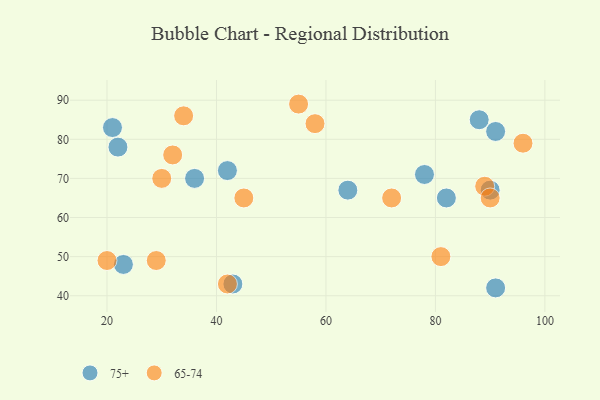
{"axis": {"x": "GDP", "y": "Life Expectancy"}, "legend": ["65-74", "75+"], "data": [{"x": "78", "y": 71, "type": "75+"}, {"x": "64", "y": 67, "type": "75+"}, {"x": "42", "y": 72, "type": "75+"}, {"x": "91", "y": 42, "type": "75+"}, {"x": "82", "y": 65, "type": "75+"}, {"x": "91", "y": 82, "type": "75+"}, {"x": "23", "y": 48, "type": "75+"}, {"x": "90", "y": 67, "type": "75+"}, {"x": "36", "y": 70, "type": "75+"}, {"x": "43", "y": 43, "type": "75+"}, {"x": "88", "y": 85, "type": "75+"}, {"x": "22", "y": 78, "type": "75+"}, {"x": "21", "y": 83, "type": "75+"}, {"x": "55", "y": 89, "type": "65-74"}, {"x": "20", "y": 49, "type": "65-74"}, {"x": "30", "y": 70, "type": "65-74"}, {"x": "96", "y": 79, "type": "65-74"}, {"x": "32", "y": 76, "type": "65-74"}, {"x": "34", "y": 86, "type": "65-74"}, {"x": "42", "y": 43, "type": "65-74"}, {"x": "45", "y": 65, "type": "65-74"}, {"x": "72", "y": 65, "type": "65-74"}, {"x": "29", "y": 49, "type": "65-74"}, {"x": "58", "y": 84, "type": "65-74"}, {"x": "89", "y": 68, "type": "65-74"}, {"x": "81", "y": 50, "type": "65-74"}, {"x": "90", "y": 65, "type": "65-74"}]}